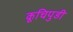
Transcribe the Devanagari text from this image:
कूचिपुडी